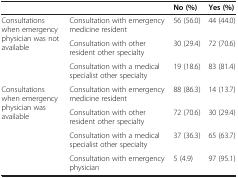
<table><thead><tr><td><b> </b></td><td><b> </b></td><td><b>No (%)</b></td><td><b>Yes (%)</b></td></tr></thead><tbody><tr><td rowspan="3">Consultations when emergency physician was not available</td><td>Consultation with emergency medicine resident</td><td>56 (56.0)</td><td>44 (44.0)</td></tr><tr><td>Consultation with other resident other specialty</td><td>30 (29.4)</td><td>72 (70.6)</td></tr><tr><td>Consultation with a medical specialist other specialty</td><td>19 (18.6)</td><td>83 (81.4)</td></tr><tr><td rowspan="4">Consultations when emergency physician was available</td><td>Consultation with emergency medicine resident</td><td>88 (86.3)</td><td>14 (13.7)</td></tr><tr><td>Consultation with other resident other specialty</td><td>72 (70.6)</td><td>30 (29.4)</td></tr><tr><td>Consultation with a medical specialist other specialty</td><td>37 (36.3)</td><td>65 (63.7)</td></tr><tr><td>Consultation with emergency physician</td><td>5 (4.9)</td><td>97 (95.1)</td></tr></tbody></table>